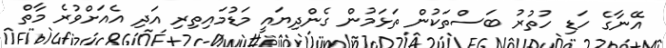
އޭނާގެ ހަޑި ހުތުރު ބަސްތަކުން ތަޅަމުން ގެންދިޔައީ މަޑުމައިތިރި އަދި އެއަށްވުރެ މާތް